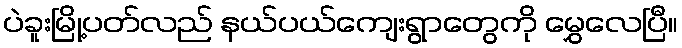
ပဲခူးမြို့ပတ်လည် နယ်ပယ်ကျေးရွာတွေကို မွှေလေပြီ။